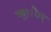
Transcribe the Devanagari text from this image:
ग्ए।।ैए